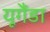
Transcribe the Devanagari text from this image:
यूगैंडा